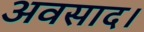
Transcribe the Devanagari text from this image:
अवसाद।